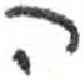
אות: ה